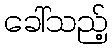
ခေါ်သည့်